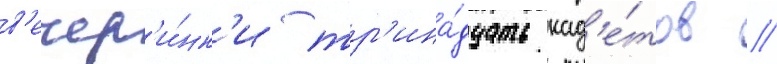
в'ечер'и́нк'и тр'ина́дцать кад'е́тов //